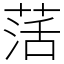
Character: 萿